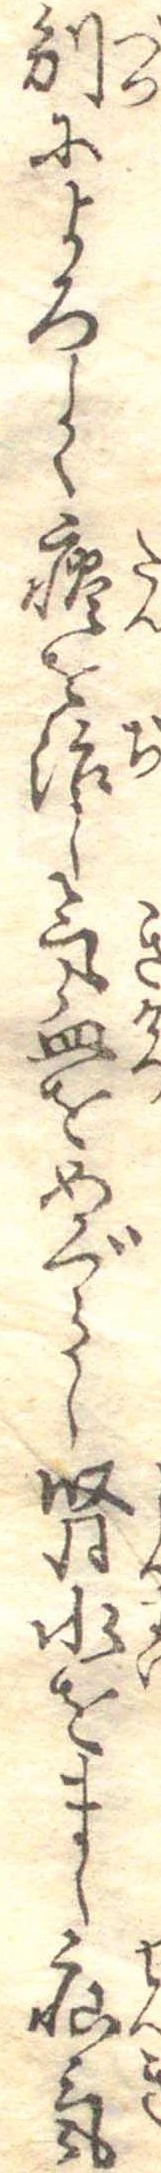
別によろしく痰を治し気血をめぐらし腎水をまし疝気